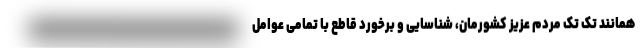
همانند تک تک مردم عزیز کشورمان، شناسایی و برخورد قاطع با تمامی عوامل